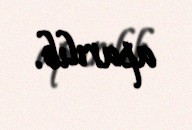
aparılıb.